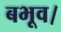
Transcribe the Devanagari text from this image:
बभूव।